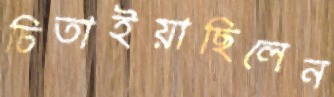
চিতাইয়াছিলেন